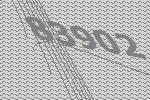
83902